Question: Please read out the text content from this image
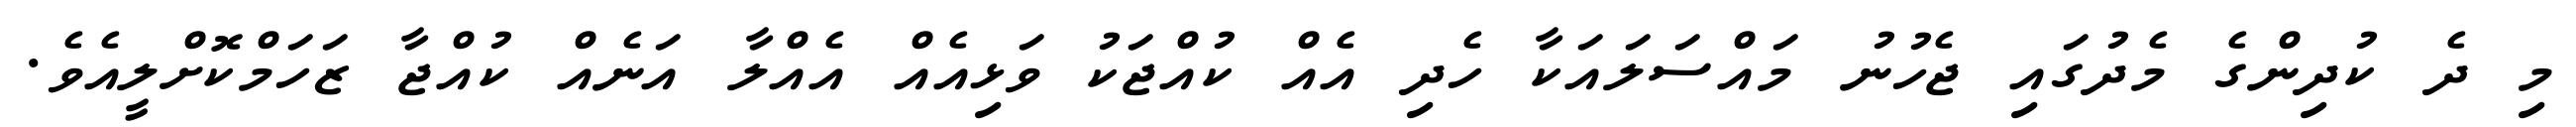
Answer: މި ދެ ކުދިންގެ މެދުގައި ޖެހުނު މައްސަލައަކާ ހެދި އެއް ކުއްޖަކު ވަޅިއެއް އެއްލާ އަނެއް ކުއްޖާ ޒަހަމްކޮށްލީއެވެ.